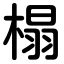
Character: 榻